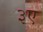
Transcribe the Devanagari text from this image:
३ए